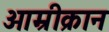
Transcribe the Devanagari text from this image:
ओम्रीक्रान